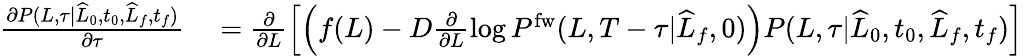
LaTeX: \begin{array}{rl}{\frac{\partial P(L,\tau|\widehat{L}_{0},t_{0},\widehat{L}_{f},t_{f})}{\partial\tau}}&{{}=\frac{\partial}{\partial L}\left[\left(f(L)-D\frac{\partial}{\partial L}\log P^{\mathrm{fw}}(L,T-\tau|\widehat{L}_{f},0)\right)P(L,\tau|\widehat{L}_{0},t_{0},\widehat{L}_{f},t_{f})\right]}\end{array}